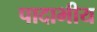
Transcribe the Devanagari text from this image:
पादाभीय